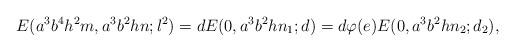
LaTeX: \begin{align*} E(a^3b^4h^2m,a^3b^2hn;l^2)=dE(0,a^3b^2hn_1;d)=d\varphi(e) E(0,a^3b^2hn_2;d_2),\end{align*}